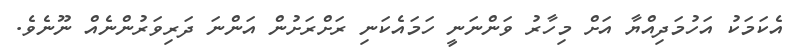
އެކަމަކު އަހުމަދިއްޔާ އަށް މިހާރު ވަންނަނީ ހަމައެކަނި ރަށްރަށުން އަންނަ ދަރިވަރުންނެއް ނޫނެވެ.